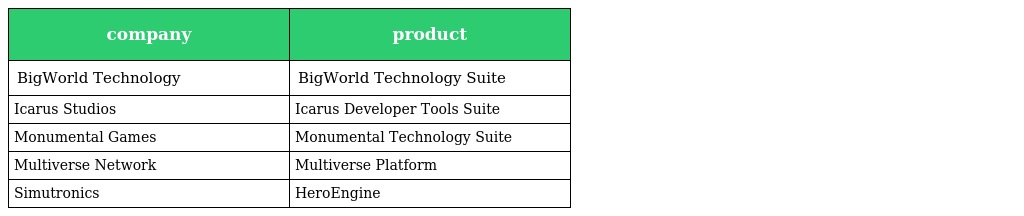
| company | product |
 | --- | --- |
 | BigWorld Technology | BigWorld Technology Suite |
 | Icarus Studios | Icarus Developer Tools Suite |
 | Monumental Games | Monumental Technology Suite |
 | Multiverse Network | Multiverse Platform |
 | Simutronics | HeroEngine |